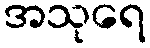
အသုရေ